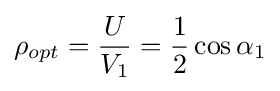
\rho _{opt}={\frac {U}{V_{1}}}={\frac {1}{2}}\cos \alpha _{1}